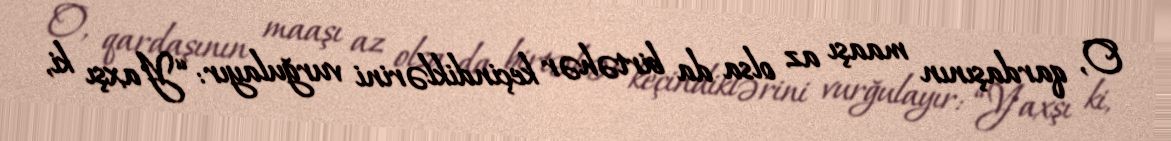
O, qardaşının maaşı az olsa da birtəhər keçindiklərini vurğulayır: “Yaxşı ki,